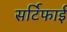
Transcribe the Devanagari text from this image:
सर्टिफाई